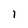
Character: l